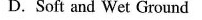
D.Soft and Wet Ground